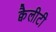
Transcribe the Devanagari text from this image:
क्वैलीटी